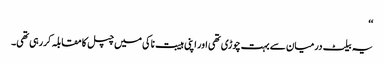
‘‘
یہ بیلٹ درمیان سے بہت چوڑی تھی اور اپنی ہیبت ناکی میں چپل کا مقابلہ کررہی تھی۔